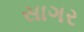
સાગર